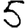
Digit: 5